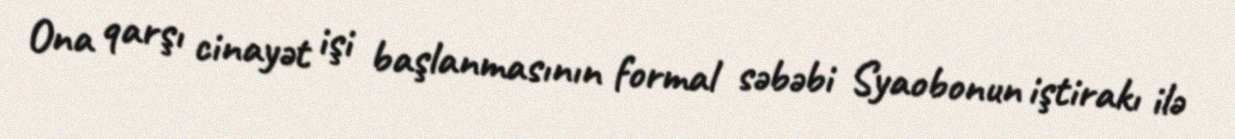
Ona qarşı cinayət işi başlanmasının formal səbəbi Syaobonun iştirakı ilə